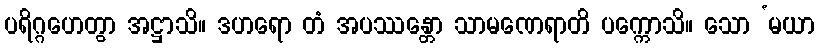
ပရိဂ္ဂဟေတွာ အဋ္ဌာသိ။ ဒဟရော တံ အပဿန္တော သာမဏေရာတိ ပက္ကောသိ။ သော ‘မယာ